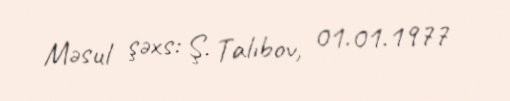
Məsul şəxs: Ş. Talıbov, 01.01.1977